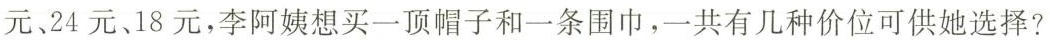
元、24元、18元，李阿姨想买一顶帽子和一条围巾，一共有几种价位可供她选择?